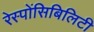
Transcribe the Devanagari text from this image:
रेस्पोंसिबिलिटी